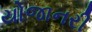
યોજાનરી